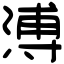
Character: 溥